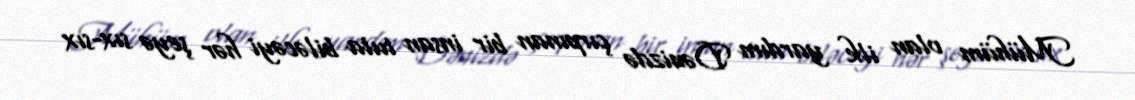
Mühüm olan ilk yardım Dənizdə çırpınan bir insan tuta biləcəyi hər şeyə sıx-sıx